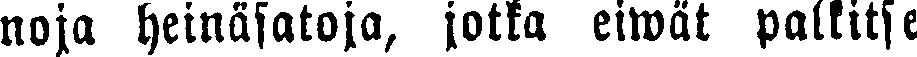
nöja heinäsatoja, jotka eiwät palkitse